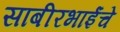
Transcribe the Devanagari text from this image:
साबीरभाईंचे